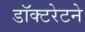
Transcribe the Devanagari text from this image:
डॉक्टरेटने